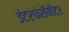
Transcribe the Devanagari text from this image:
इंटरफेरॉमीटर